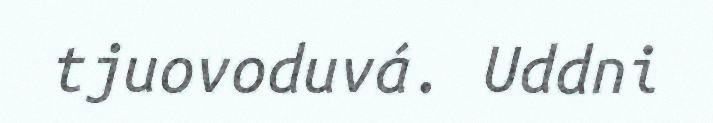
tjuovoduvá. Uddni